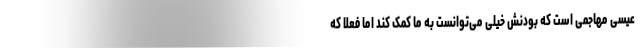
عیسی مهاجمی است که بودنش خیلی می‌توانست به ما کمک کند اما فعلاً که